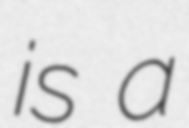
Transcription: is a